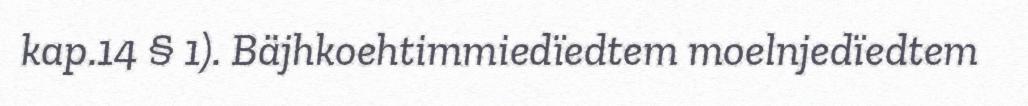
kap.14 § 1). Bäjhkoehtimmiedïedtem moelnjedïedtem